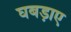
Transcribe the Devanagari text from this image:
घबड़ाए